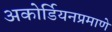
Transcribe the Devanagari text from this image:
अकोर्डियनप्रमाणे